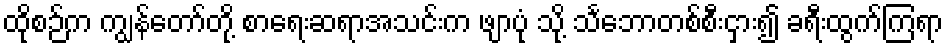
ထိုစဉ်က ကျွန်တော်တို့ စာရေးဆရာအသင်းက ဖျာပုံ သို့ သင်္ဘောတစ်စီးငှား၍ ခရီးထွက်ကြရာ